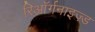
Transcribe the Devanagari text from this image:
रिऑर्गनाइज़्ड